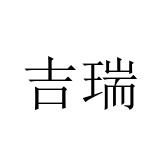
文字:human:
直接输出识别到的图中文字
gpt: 吉瑞